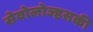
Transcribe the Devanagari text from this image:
सेवोलोज्हसकी